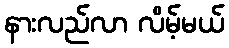
နားလည်လာ လိမ့်မယ်